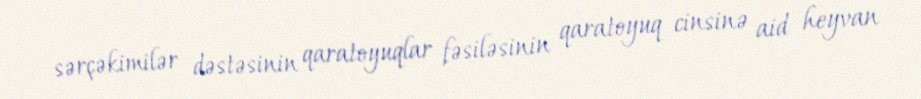
sərçəkimilər dəstəsinin qaratoyuqlar fəsiləsinin qaratoyuq cinsinə aid heyvan